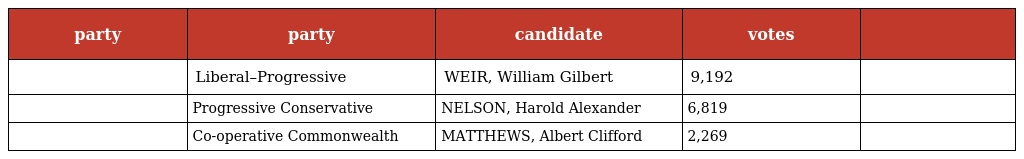
| party | party | candidate | votes |  |
 | --- | --- | --- | --- | --- |
 |  | Liberal–Progressive | WEIR, William Gilbert | 9,192 |  |
 |  | Progressive Conservative | NELSON, Harold Alexander | 6,819 |  |
 |  | Co-operative Commonwealth | MATTHEWS, Albert Clifford | 2,269 |  |